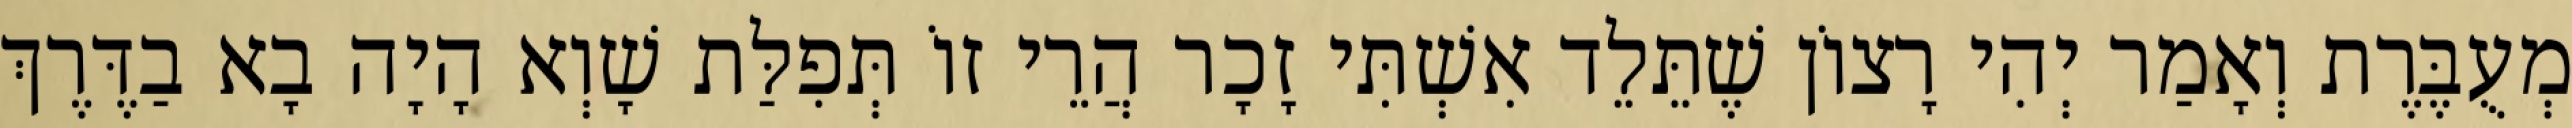
מְעֻבֶּרֶת וְאָמַר יְהִי רָצוֹן שֶׁתֵּלֵד אִשְׁתִּי זָכָר הֲרֵי זוֹ תְּפִלַּת שָׁוְא הָיָה בָא בַדֶּרֶךְ